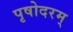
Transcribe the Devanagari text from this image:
पृषोदरम्